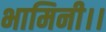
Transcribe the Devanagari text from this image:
भामिनी।।